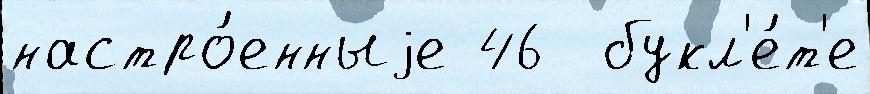
настро́енныjе 46  букл'е́т'е